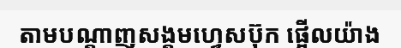
តាមបណ្តាញសង្គមហ្វេសប៊ុក ផ្អើលយ៉ាង